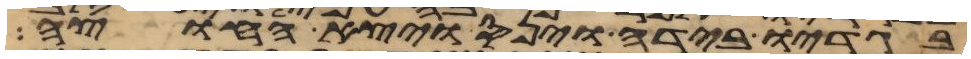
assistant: בגדיו בידה וינס ויצא החוצה